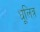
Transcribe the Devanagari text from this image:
धूलित्र